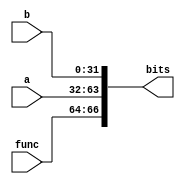
//========================================================================
// imuldiv-MulDivReqMsg : Multiplier/Divider Request Message
//========================================================================
// A multiplier/divider request message contains input data and the
// desired operation and is sent to a multipler/divider unit. The unit
// will respond with a multiplier/divider response message.
//
// Message Format:
//
//   66  64 63       32 31        0
//  +------+-----------+-----------+
//  | func | operand b | operand a |
//  +------+-----------+-----------+
//

`ifndef IMULDIV_MULDIVREQ_MSG_V
`define IMULDIV_MULDIVREQ_MSG_V

//------------------------------------------------------------------------
// Message defines
//------------------------------------------------------------------------

// Size of message

`define IMULDIV_MULDIVREQ_MSG_SZ         67

// Size and enums for each field

`define IMULDIV_MULDIVREQ_MSG_FUNC_SZ    3
`define IMULDIV_MULDIVREQ_MSG_FUNC_MUL   3'd0
`define IMULDIV_MULDIVREQ_MSG_FUNC_DIV   3'd1
`define IMULDIV_MULDIVREQ_MSG_FUNC_DIVU  3'd2
`define IMULDIV_MULDIVREQ_MSG_FUNC_REM   3'd3
`define IMULDIV_MULDIVREQ_MSG_FUNC_REMU  3'd4
`define IMULDIV_MULDIVREQ_MSG_FUNC_MULU  3'd5
`define IMULDIV_MULDIVREQ_MSG_FUNC_MULSU 3'd6


`define IMULDIV_MULDIVREQ_MSG_A_SZ       32
`define IMULDIV_MULDIVREQ_MSG_B_SZ       32

// Location of each field

`define IMULDIV_MULDIVREQ_MSG_FUNC_FIELD 66:64
`define IMULDIV_MULDIVREQ_MSG_A_FIELD    63:32
`define IMULDIV_MULDIVREQ_MSG_B_FIELD    31:0

//------------------------------------------------------------------------
// Convert message to bits
//------------------------------------------------------------------------

module imuldiv_MulDivReqMsgToBits
(
  // Input message

  input [`IMULDIV_MULDIVREQ_MSG_FUNC_SZ-1:0] func,
  input [`IMULDIV_MULDIVREQ_MSG_A_SZ-1:0]    a,
  input [`IMULDIV_MULDIVREQ_MSG_B_SZ-1:0]    b,

  // Output bits

  output [`IMULDIV_MULDIVREQ_MSG_SZ-1:0] bits
);

  assign bits[`IMULDIV_MULDIVREQ_MSG_FUNC_FIELD] = func;
  assign bits[`IMULDIV_MULDIVREQ_MSG_A_FIELD]    = a;
  assign bits[`IMULDIV_MULDIVREQ_MSG_B_FIELD]    = b;

endmodule

//------------------------------------------------------------------------
// Convert message from bits
//------------------------------------------------------------------------

module imuldiv_MulDivReqMsgFromBits
(
  // Input bits

  input [`IMULDIV_MULDIVREQ_MSG_SZ-1:0] bits,

  // Output message

  output [`IMULDIV_MULDIVREQ_MSG_FUNC_SZ-1:0] func,
  output [`IMULDIV_MULDIVREQ_MSG_A_SZ-1:0]    a,
  output [`IMULDIV_MULDIVREQ_MSG_B_SZ-1:0]    b
);

  assign func = bits[`IMULDIV_MULDIVREQ_MSG_FUNC_FIELD];
  assign a    = bits[`IMULDIV_MULDIVREQ_MSG_A_FIELD];
  assign b    = bits[`IMULDIV_MULDIVREQ_MSG_B_FIELD];

endmodule

//------------------------------------------------------------------------
// Convert message to string
//------------------------------------------------------------------------

`ifndef SYNTHESIS
module imuldiv_MulDivReqMsgToStr
(
  input [`IMULDIV_MULDIVREQ_MSG_SZ-1:0] msg
);

  // Extract fields

  wire [`IMULDIV_MULDIVREQ_MSG_FUNC_SZ-1:0] func = msg[`IMULDIV_MULDIVREQ_MSG_FUNC_FIELD];
  wire [`IMULDIV_MULDIVREQ_MSG_A_SZ-1:0]    a    = msg[`IMULDIV_MULDIVREQ_MSG_A_FIELD];
  wire [`IMULDIV_MULDIVREQ_MSG_B_SZ-1:0]    b    = msg[`IMULDIV_MULDIVREQ_MSG_B_FIELD];

  // Short names

  localparam mul   = `IMULDIV_MULDIVREQ_MSG_FUNC_MUL;
  localparam div   = `IMULDIV_MULDIVREQ_MSG_FUNC_DIV;
  localparam divu  = `IMULDIV_MULDIVREQ_MSG_FUNC_DIVU;
  localparam rem   = `IMULDIV_MULDIVREQ_MSG_FUNC_REM;
  localparam remu  = `IMULDIV_MULDIVREQ_MSG_FUNC_REMU;

  // Full string sized for 20 characters

  reg [20*8-1:0] full_str;
  always @(*) begin

    if ( msg === `IMULDIV_MULDIVREQ_MSG_SZ'bx )
      $sformat( full_str, "x            ");
    else begin
      case ( func )
        mul     : $sformat( full_str, "mul  %d, %d", a, b );
        div     : $sformat( full_str, "div  %d, %d", a, b );
        divu    : $sformat( full_str, "divu %d, %d", a, b );
        rem     : $sformat( full_str, "rem  %d, %d", a, b );
        remu    : $sformat( full_str, "remu %d, %d", a, b );
        default : $sformat( full_str, "undefined func" );
      endcase
    end

  end

  // Tiny string sized for 2 characters

  reg [2*8-1:0] tiny_str;
  always @(*) begin

    if ( msg === `IMULDIV_MULDIVREQ_MSG_SZ'bx )
      $sformat( tiny_str, "x ");
    else begin
      case ( func )
        mul     : $sformat( tiny_str, "* "  );
        div     : $sformat( tiny_str, "/ "  );
        divu    : $sformat( tiny_str, "/u"  );
        rem     : $sformat( tiny_str, "%% " );
        remu    : $sformat( tiny_str, "%%u" );
        default : $sformat( tiny_str, "??"  );
      endcase
    end

  end

endmodule
`endif /* SYNTHESIS */

`endif /* IMULDIV_MULDIVREQ_MSG_V */